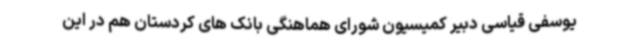
یوسفی قیاسی دبیر کمیسیون شورای هماهنگی بانک های کردستان هم در این